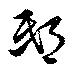
邸